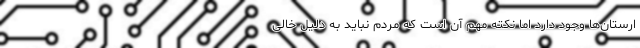
ارستان‌ها وجود دارد اما نکته مهم آن است که مردم نباید به دلیل خالی